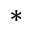
^ *